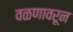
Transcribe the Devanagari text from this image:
वळणावरून